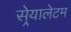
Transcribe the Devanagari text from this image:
सेर्‍यालेटम